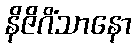
နိဇိဂိံသာနော